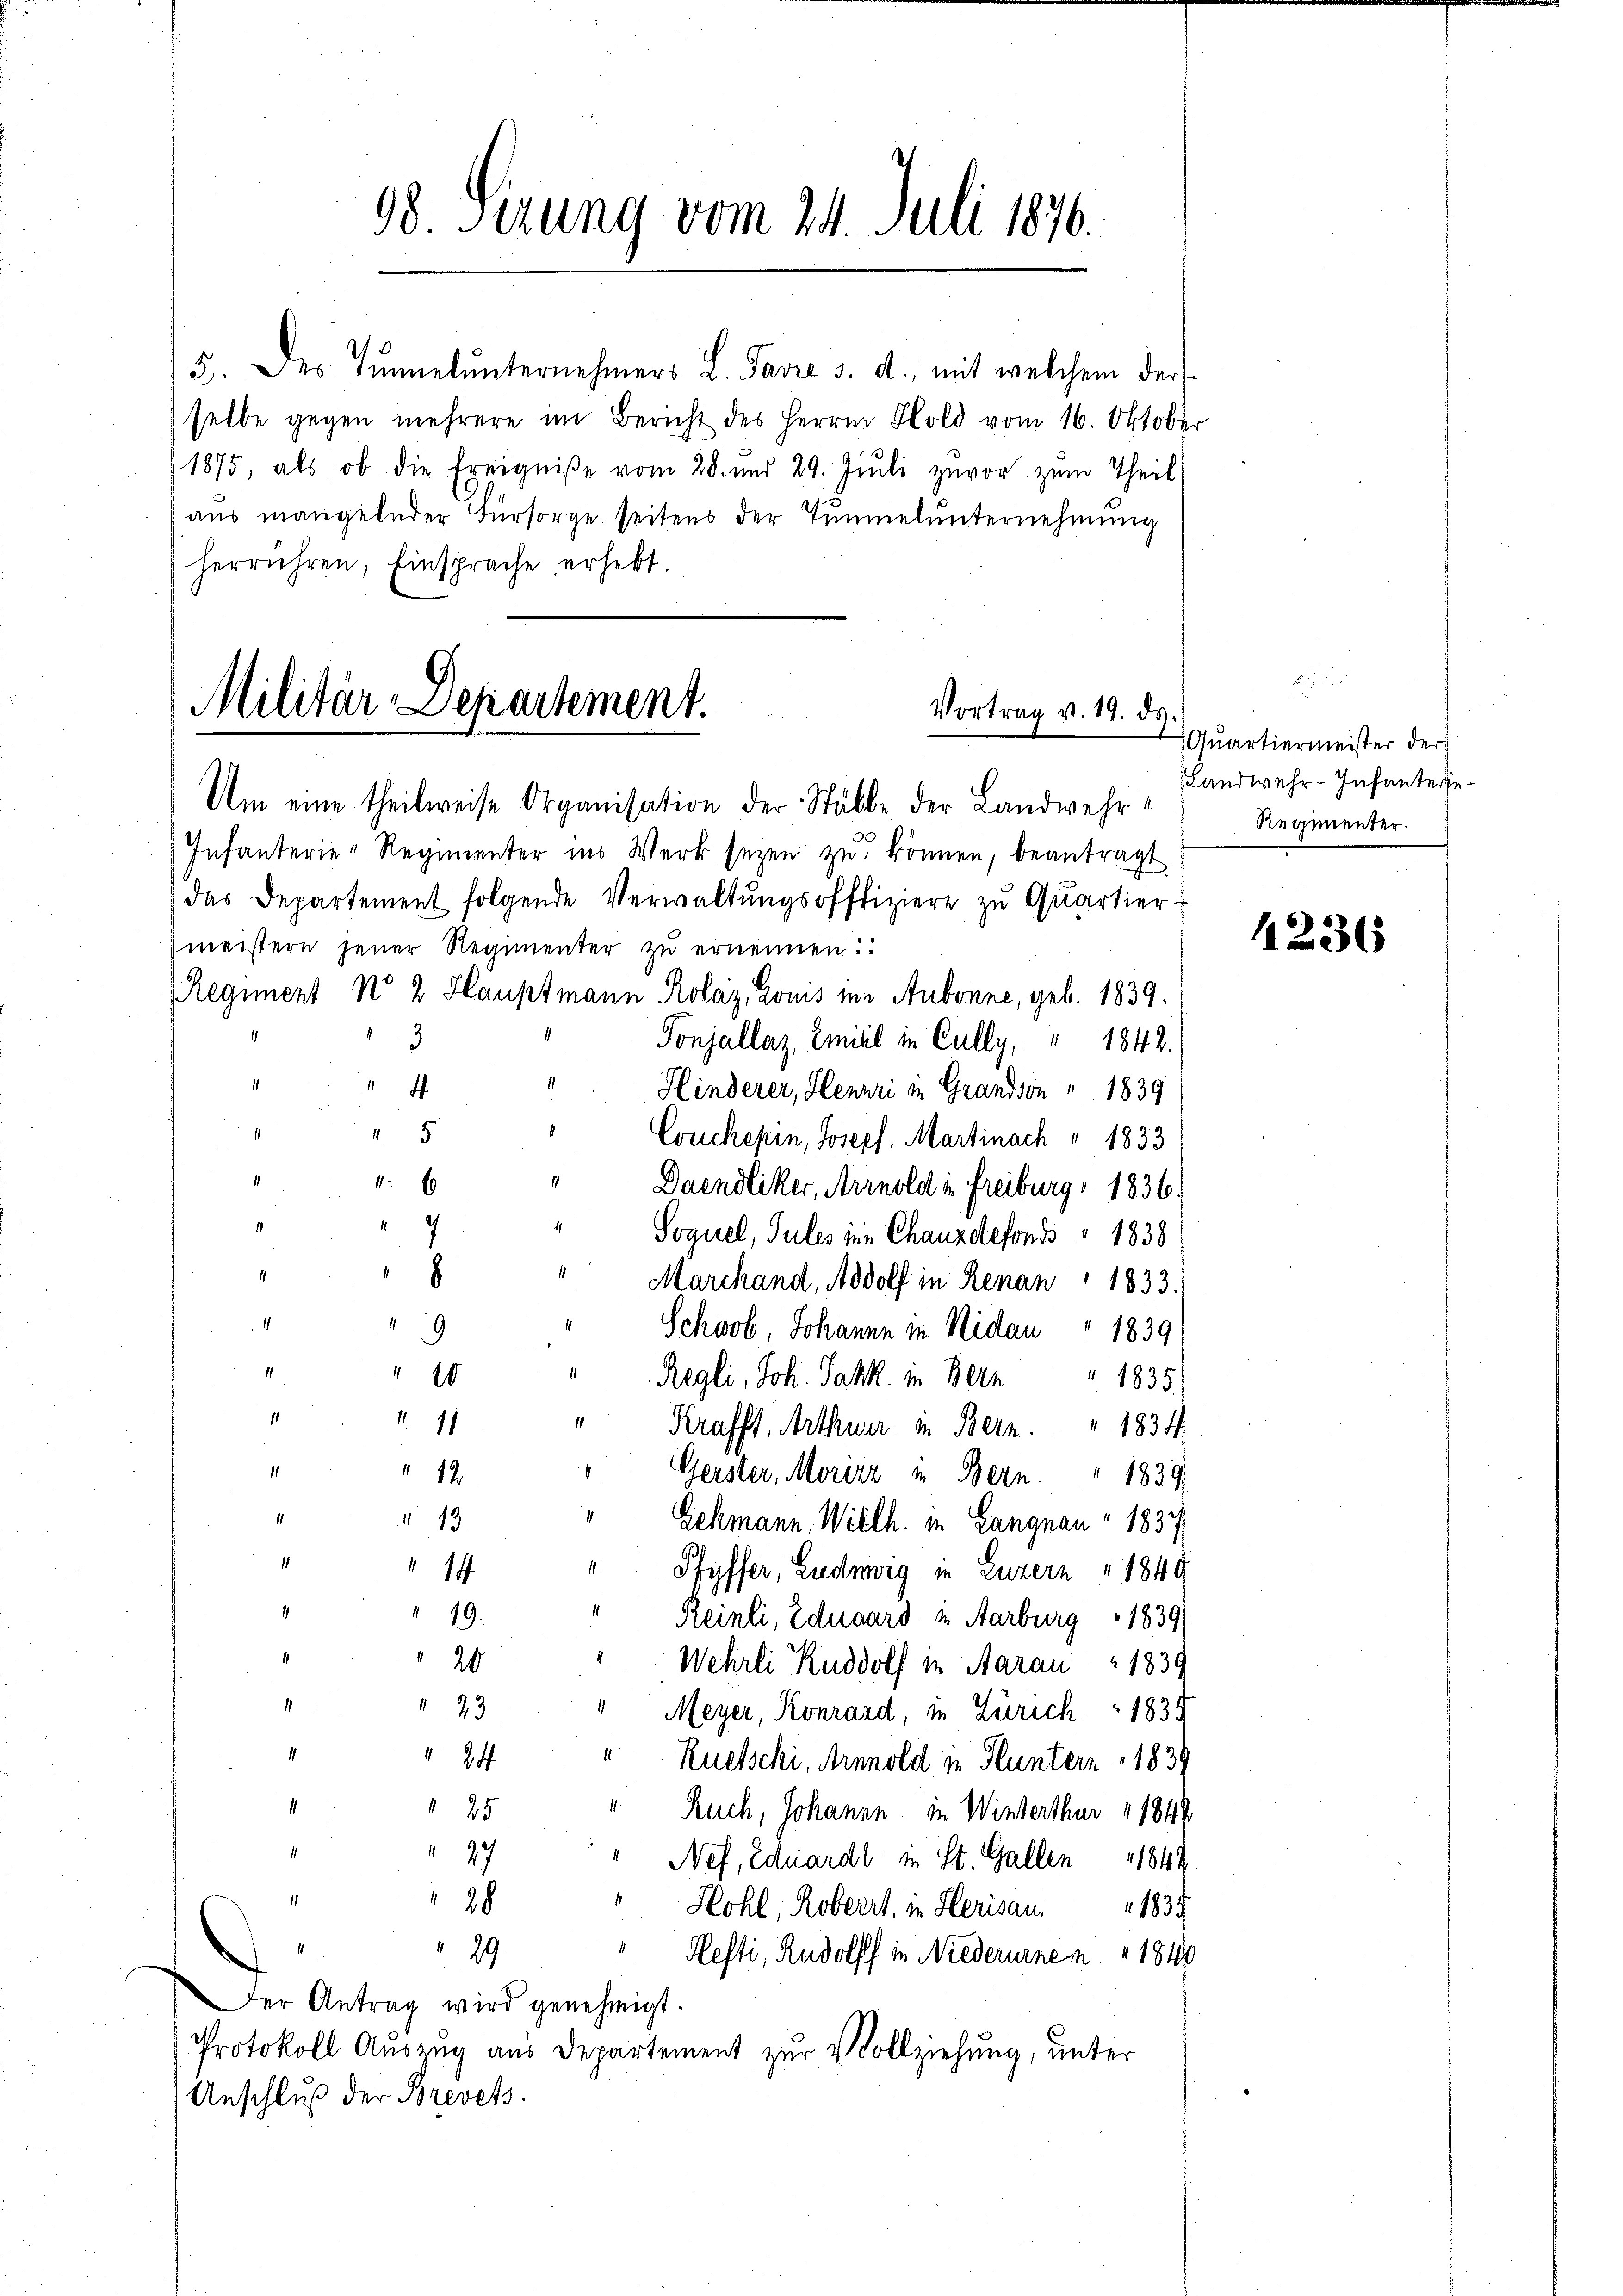
5. des Tunnelŭnternehmers L. Favre s. d. mit welchem ders
selbe gegen mehrere im Bericht des Herrn Sold vom 16. Oktober
1875, als ob die Ereigniße vom 28. und 29. Juli zuvor zŭm Theil
aŭs mangelnder Fürsorge, seitens der Tŭnelŭnternehmung
herrühren, Einsprache erhebt.

Militär-Departement.
Vortrag v. 19. ds.
Um eine theilweise Organisation der Stubbe der Landwehr¬

98 Serung vom 24. Juli 1876.

Infanterie-Regimenter ins Werk sezen zu können, beantragt
das Departement folgende Verwaltŭngsoffiziere zŭ Qŭartier-
meistern jener Regimenter zu ernennen.
Regiment No 2 Hauptmann Rolaz, Louis im Aubonne, geb. 1839.
3
Tonjallaz, Emil in Cully, " 1842.
¬
4
Hinderer, Henri in Grandson " 1839
45
Couckepin, Joseph, Martinach " 1833
1
Daendliker, Arnold in Freiburg, 1836.
Soguel, Sules ein Chauzdefonds 1838
" Marchand, Adolf in Renan " 1833.
1
Schiob, Johanne in Nidau " 1839:
d
1
10
Regli, Joh. Jak. in Bern
1
111
" Krafft, Arthner in Bern.
1
 12
Gerster, Morizz in Bern. 1839
" 13
" Schmann. Willh. in Langnau – 1837
14
" Pfyffer, Liedmerg in Luzern 1849
1
19.
Reinli, Eduard in Aarburg 1839
20
Wehrli Rudolf in Aarau 1839
¬
 43
" Meyer, Konrard, in Zürich 1835
1

Ruetschi, Arnold in Fluntern 183.
¬
 25
" Ruch, Johannn in Winterthur 1 1847
 27
11
" Nef, Eduardt in St. Gallen 1847
28
"Hohl, Roberrt, in Herisau.
1835
29
Hefti, Rudolff in Niederurnen 1810
er Antrag wird genehmigt.
Protokoll Auszug aus Departement zur Vollziehung, unter
Anschluß der Brevets.

1835.
1834.

Quartiermeister der
Landwehr-Infanterje¬
Regimenter.

4236